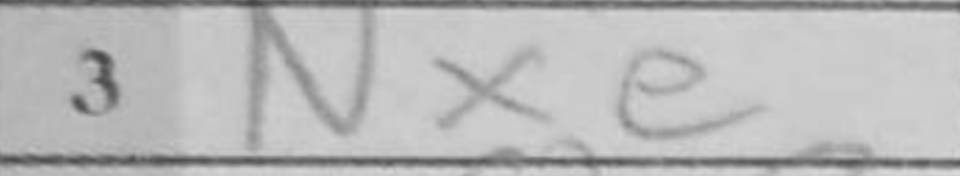
Transcription: Nxe5